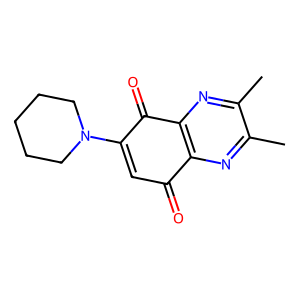
SMILES: Cc1nc2c(nc1C)C(=O)C(N1CCCCC1)=CC2=O
Inhibits HIV replication: No